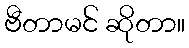
ဗီတာမင် ဆိုတာ။